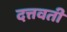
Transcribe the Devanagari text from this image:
दत्तवतीं